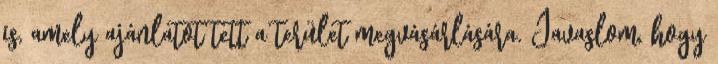
is, amely ajánlatot tett a terület megvásárlására. Javaslom, hogy